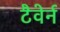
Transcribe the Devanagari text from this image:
टैवेर्न